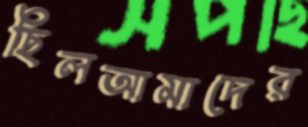
ছিলআমাদের